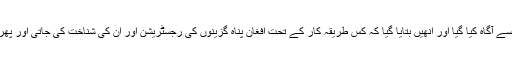
جس میں انھیں مہاجرین کی واپسی کے عمل سے آگاہ کیا گیا اور انھیں بتایا گیا کہ کس طریقہ کار کے تحت افغان پناہ گزینوں کی رجسٹریشن اور ان کی شناخت کی جاتی اور پھر کس طرح واپسی کا عمل مکمل کیا جاتا ہے۔